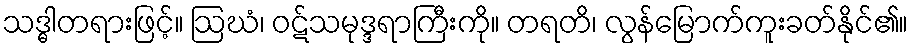
သဒ္ဓါတရားဖြင့်။ ဩဃံ၊ ဝဋ်သမုဒ္ဒရာကြီးကို။ တရတိ၊ လွန်မြောက်ကူးခတ်နိုင်၏။